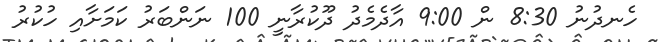
ހެނދުނު 8:30 ން 9:00 އާދެމެދު ދޫކުރާނީ 100 ނަންބަރު ކަމަށާއި ހުކުރު